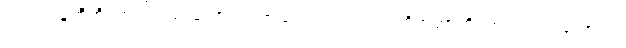
လ။ ပဝဍ္ဎတီတိ၊ ဟူ၍လည်းကောင်း။ ကုသလဿ၊ လ။ ဥပစိတတ္တာတိ၊ ဟူ၍လည်းကောင်း။